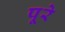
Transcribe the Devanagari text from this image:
पूरे